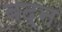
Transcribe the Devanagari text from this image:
बद्न